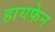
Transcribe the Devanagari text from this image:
हायफेन